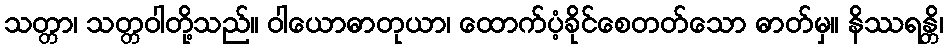
သတ္တာ၊ သတ္တဝါတို့သည်။ ဝါယောဓာတုယာ၊ ထောက်ပံ့ခိုင်စေတတ်သော ဓာတ်မှ။ နိဿရန္တိ၊